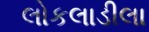
લોકલાડીલા